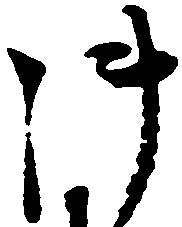
御